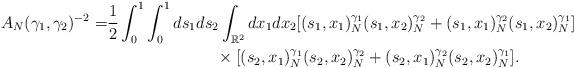
LaTeX: \begin{align*}A_N(\gamma_1,\gamma_2)^{-2}=& \frac{1}{2}\int_0^1\int_0^1 ds_1ds_2 \int_{\mathbb{R}^2}dx_1dx_2 [(s_1,x_1)_N^{\gamma_1}(s_1,x_2)_N^{\gamma_2}+(s_1,x_1)_N^{\gamma_2}(s_1,x_2)_N^{\gamma_1}]\\ &\qquad\qquad\qquad~~\times[(s_2,x_1)_N^{\gamma_1}(s_2,x_2)_N^{\gamma_2}+(s_2,x_1)_N^{\gamma_2}(s_2,x_2)_N^{\gamma_1}].\end{align*}